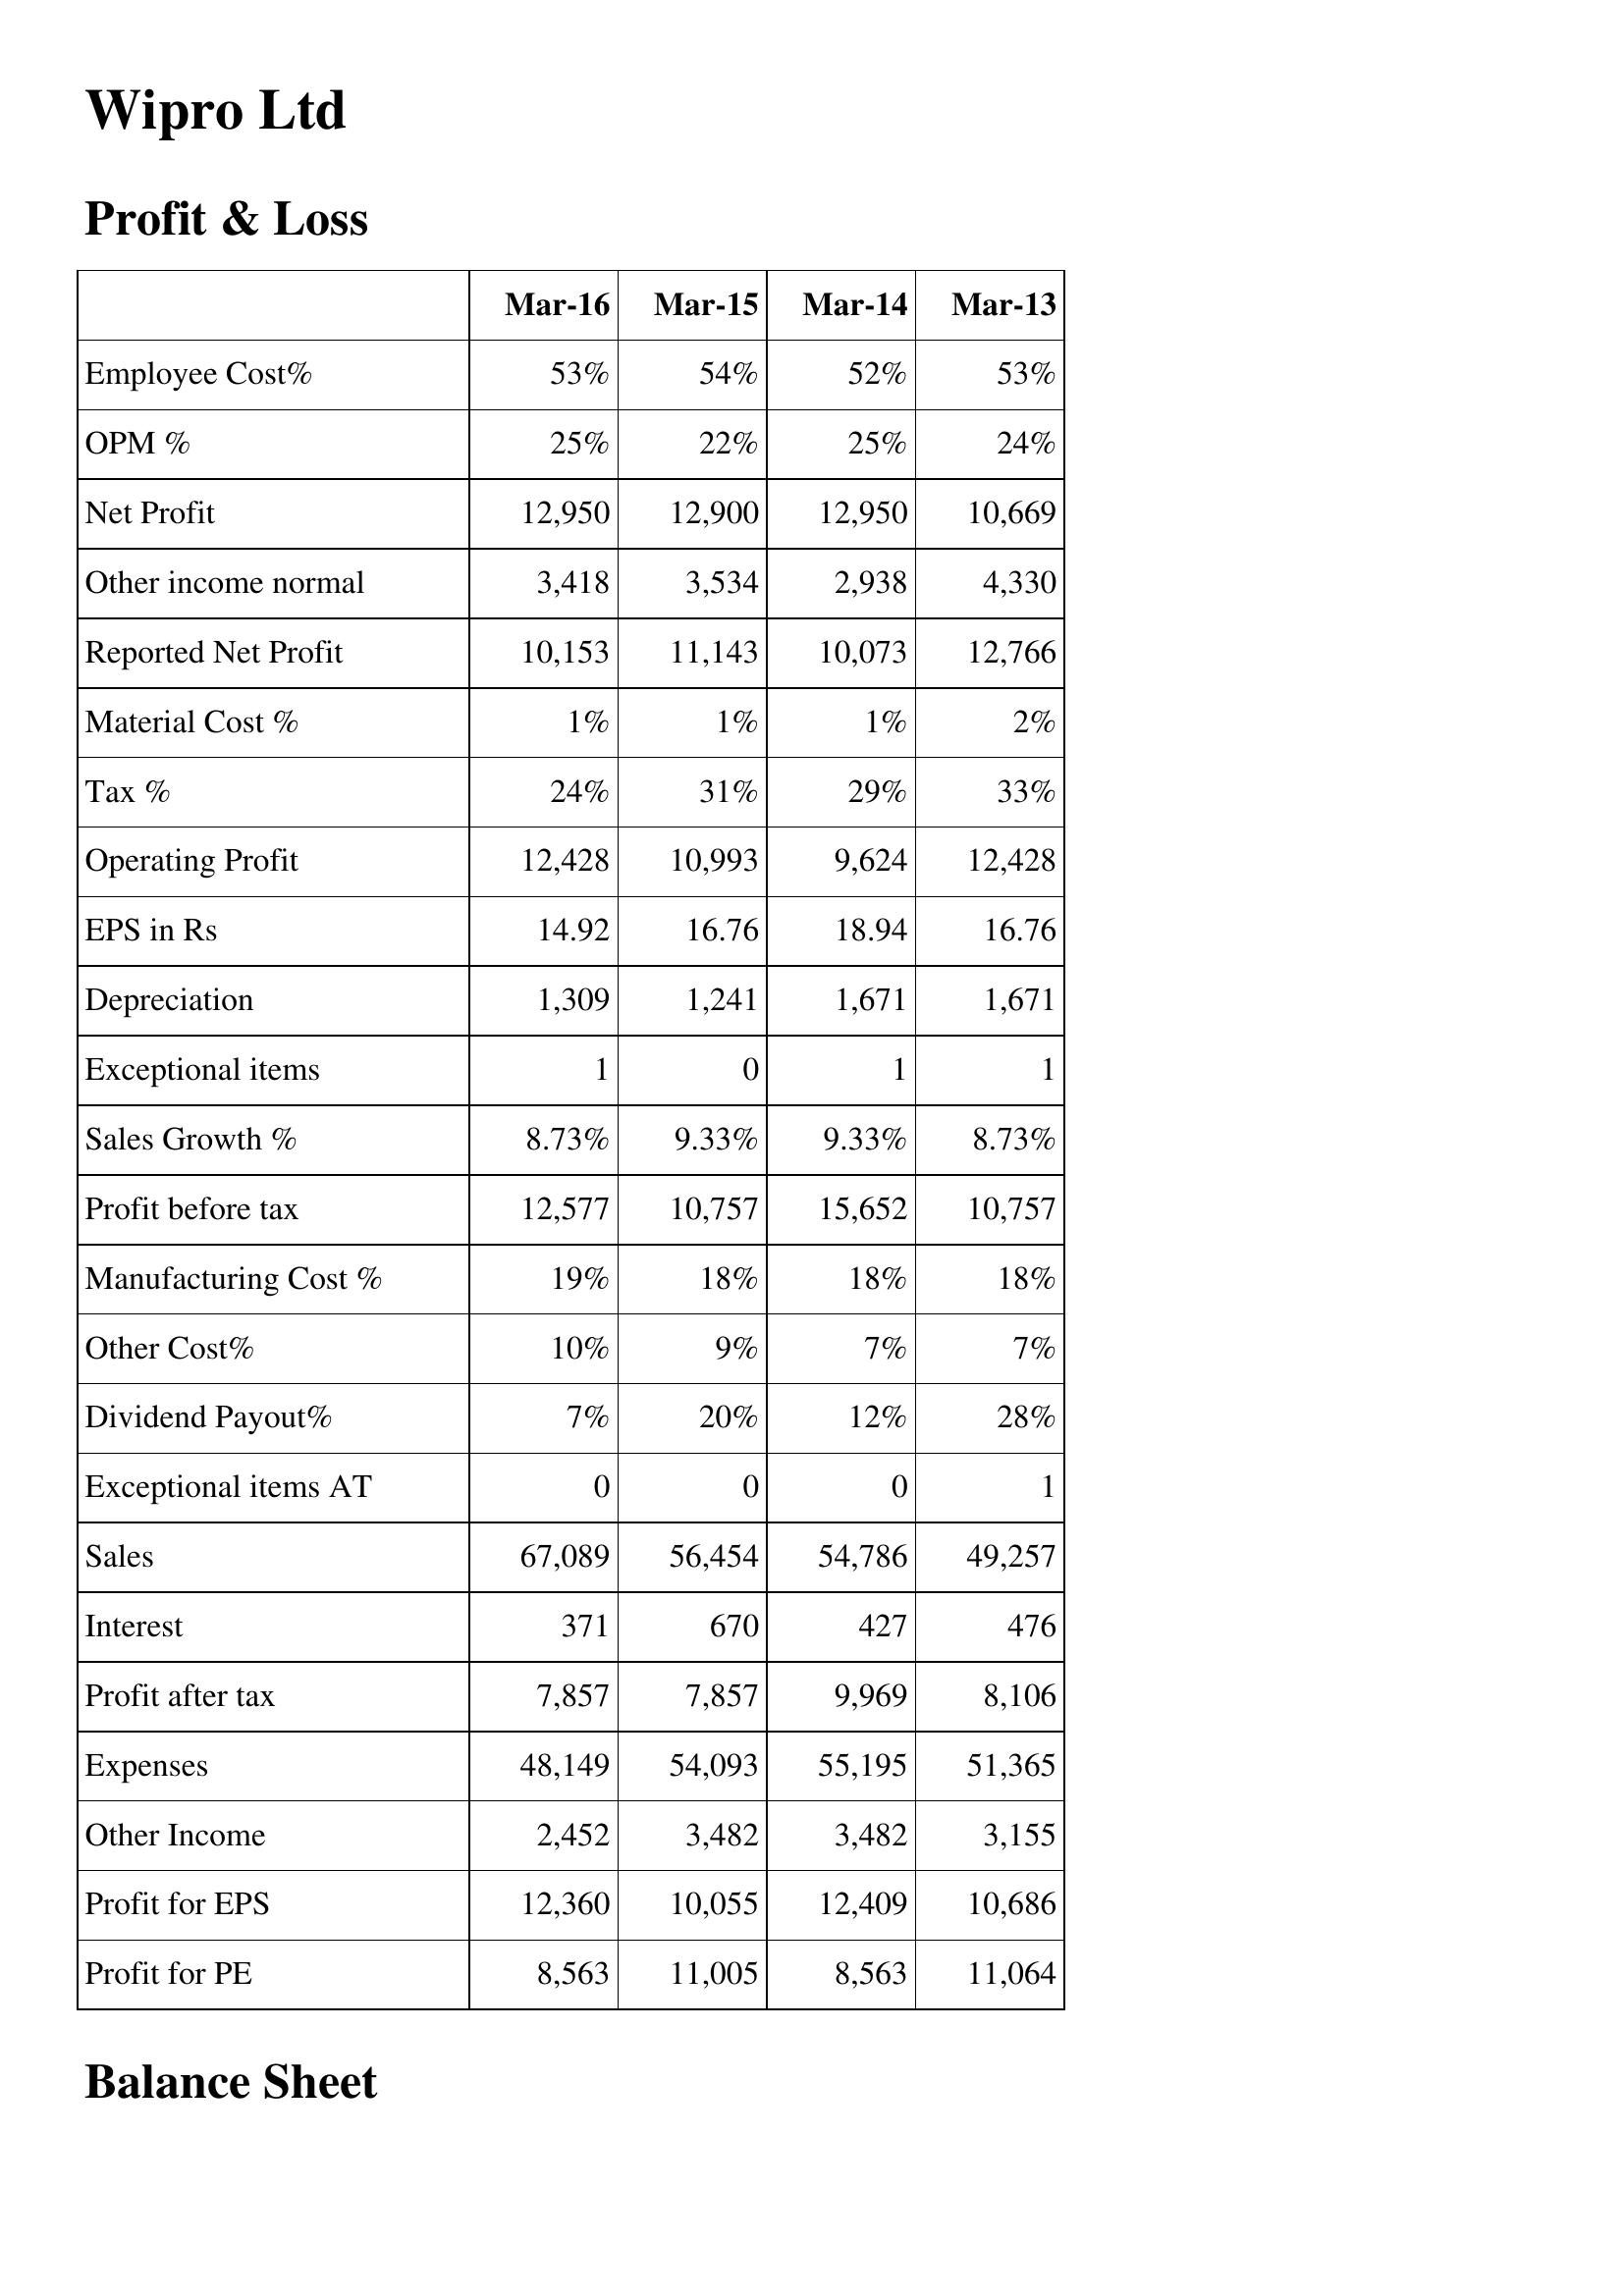
Mar-16: Profit & Loss: Employee Cost%: 53%
OPM %: 25%
Net Profit: 12,950
Other income normal: 3,418
Reported Net Profit: 10,153
Material Cost %: 1%
Tax %: 24%
Operating Profit: 12,428
EPS in Rs: 14.92
Depreciation: 1,309
Exceptional items: 1
Sales Growth %: 8.73%
Profit before tax: 12,577
Manufacturing Cost %: 19%
Other Cost%: 10%
Dividend Payout%: 7%
Exceptional items AT: 0
Sales: 67,089
Interest: 371
Profit after tax: 7,857
Expenses: 48,149
Other Income: 2,452
Profit for EPS: 12,360
Profit for PE: 8,563
Mar-15: Profit & Loss: Employee Cost%: 54%
OPM %: 22%
Net Profit: 12,900
Other income normal: 3,534
Reported Net Profit: 11,143
Material Cost %: 1%
Tax %: 31%
Operating Profit: 10,993
EPS in Rs: 16.76
Depreciation: 1,241
Exceptional items: 0
Sales Growth %: 9.33%
Profit before tax: 10,757
Manufacturing Cost %: 18%
Other Cost%: 9%
Dividend Payout%: 20%
Exceptional items AT: 0
Sales: 56,454
Interest: 670
Profit after tax: 7,857
Expenses: 54,093
Other Income: 3,482
Profit for EPS: 10,055
Profit for PE: 11,005
Mar-14: Profit & Loss: Employee Cost%: 52%
OPM %: 25%
Net Profit: 12,950
Other income normal: 2,938
Reported Net Profit: 10,073
Material Cost %: 1%
Tax %: 29%
Operating Profit: 9,624
EPS in Rs: 18.94
Depreciation: 1,671
Exceptional items: 1
Sales Growth %: 9.33%
Profit before tax: 15,652
Manufacturing Cost %: 18%
Other Cost%: 7%
Dividend Payout%: 12%
Exceptional items AT: 0
Sales: 54,786
Interest: 427
Profit after tax: 9,969
Expenses: 55,195
Other Income: 3,482
Profit for EPS: 12,409
Profit for PE: 8,563
Mar-13: Profit & Loss: Employee Cost%: 53%
OPM %: 24%
Net Profit: 10,669
Other income normal: 4,330
Reported Net Profit: 12,766
Material Cost %: 2%
Tax %: 33%
Operating Profit: 12,428
EPS in Rs: 16.76
Depreciation: 1,671
Exceptional items: 1
Sales Growth %: 8.73%
Profit before tax: 10,757
Manufacturing Cost %: 18%
Other Cost%: 7%
Dividend Payout%: 28%
Exceptional items AT: 1
Sales: 49,257
Interest: 476
Profit after tax: 8,106
Expenses: 51,365
Other Income: 3,155
Profit for EPS: 10,686
Profit for PE: 11,064